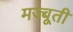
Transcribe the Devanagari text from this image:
मज्बूती